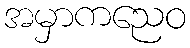
အမှာကညေဝ